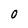
Character: 0